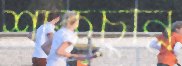
শাঁকচুন্নি